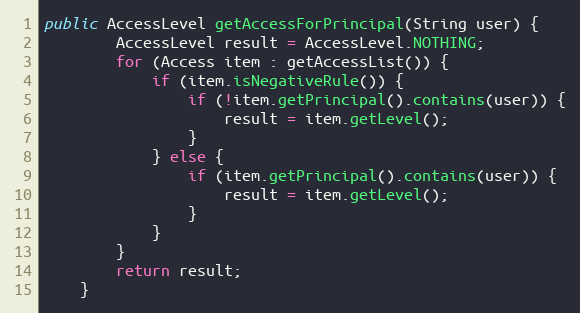
Language: Java
public AccessLevel getAccessForPrincipal(String user) {
        AccessLevel result = AccessLevel.NOTHING;
        for (Access item : getAccessList()) {
            if (item.isNegativeRule()) {
                if (!item.getPrincipal().contains(user)) {
                    result = item.getLevel();
                }
            } else {
                if (item.getPrincipal().contains(user)) {
                    result = item.getLevel();
                }
            }
        }
        return result;
    }